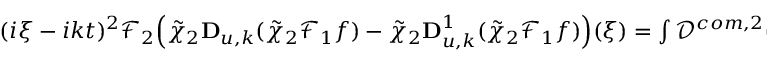
\begin{array} { r } { ( i \xi - i k t ) ^ { 2 } \mathcal { F } _ { 2 } \Big ( \tilde { \chi } _ { 2 } \mathbf { D } _ { u , k } ( \tilde { \chi } _ { 2 } \mathcal { F } _ { 1 } f ) - \tilde { \chi } _ { 2 } \mathbf { D } _ { u , k } ^ { 1 } ( \tilde { \chi } _ { 2 } \mathcal { F } _ { 1 } f ) \Big ) ( \xi ) = \int \mathcal { D } ^ { c o m , 2 } ( t , k , \xi , \xi _ { 1 } ) \hat { f } _ { k } ( t , \xi _ { 1 } ) d \xi _ { 1 } . } \end{array}